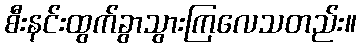
စီးနင်းထွက်ခွာသွားကြလေသတည်း။